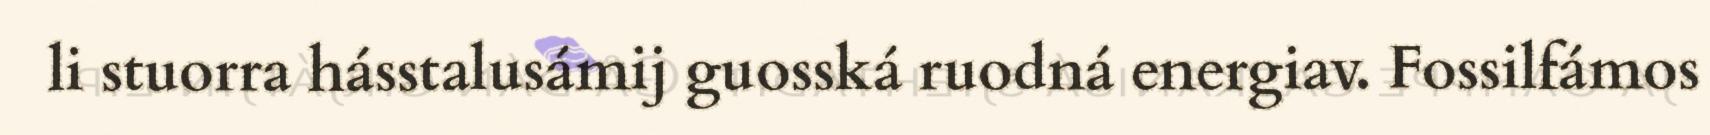
li stuorra hásstalusámij guosská ruodná energiav. Fossilfámos